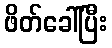
ဖိတ်ခေါ်ပြီး